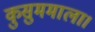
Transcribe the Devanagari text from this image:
कुसुममाला।